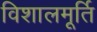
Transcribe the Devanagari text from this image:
विशालमूर्ति